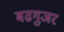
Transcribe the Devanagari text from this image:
बढगुजर